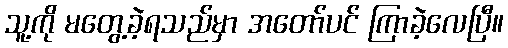
သူ့ကို မတွေ့ခဲ့ရသည်မှာ အတော်ပင် ကြာခဲ့လေပြီ။